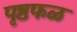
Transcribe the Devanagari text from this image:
पृष्ठफळ